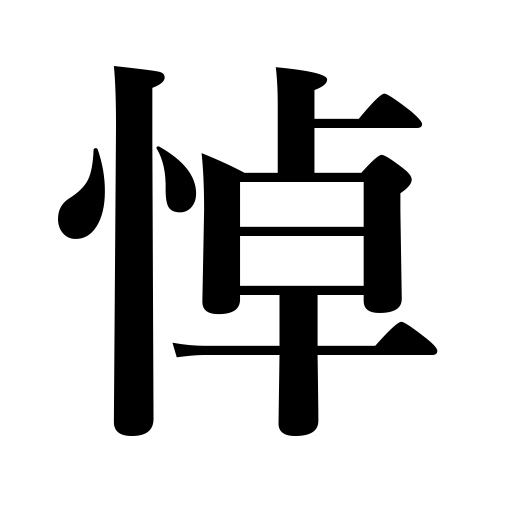
Meanings: grieve over